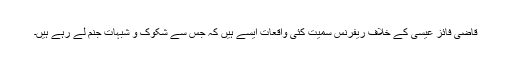
قاضی فائز عیسیٰ کے خلاف ریفرنس سمیت کئی واقعات ایسے ہیں کہ جس سے شکوک و شبہات جنم لے رہے ہیں۔